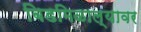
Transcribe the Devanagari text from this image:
बिडमिळाल्यावर